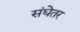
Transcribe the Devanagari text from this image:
संघेतर